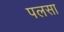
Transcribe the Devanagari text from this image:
पलसा